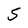
Character: 5